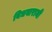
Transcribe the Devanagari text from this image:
विधवारानी